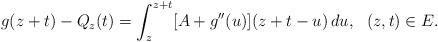
LaTeX: \begin{align*} g(z+t)-Q_z(t) =\int_z^{z+t} [ A +g''(u)] (z+t-u)\, du, \ \ (z, t)\in E. \end{align*}